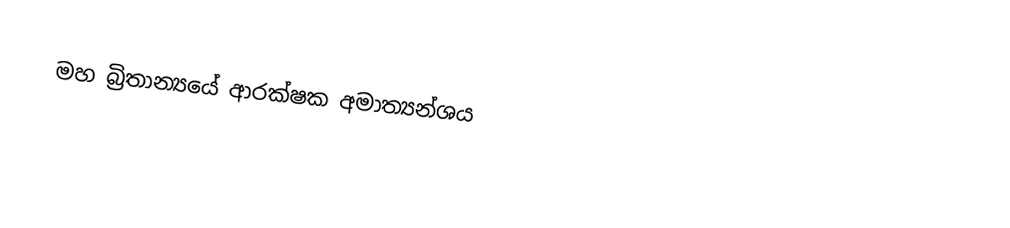
මහ බ්‍රිතාන්‍යයේ ආරක්ෂක අමාත්‍යන්ශය